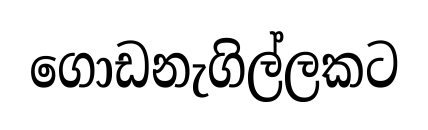
ගොඩනැගිල්ලකට